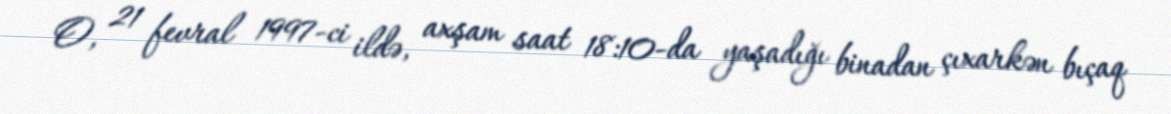
O, 21 fevral 1997-ci ildə, axşam saat 18:10-da yaşadığı binadan çıxarkən bıçaq